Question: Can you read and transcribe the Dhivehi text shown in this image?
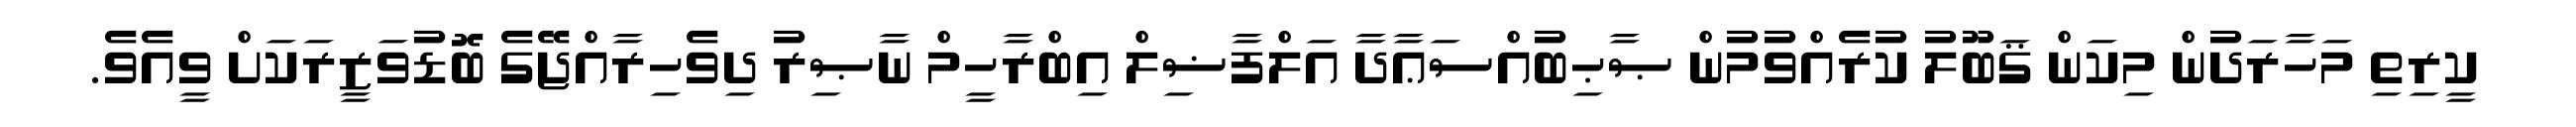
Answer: ކީރިތި މަހާރަދުން މިކަން ޤަބޫލު ކުރެއްވުމުން ޞާޙިބުއްސަޢާދާ އަލްފާޟިލް އިބްރާހީމް ނާޞިރު ދިވެހިރާއްޖޭގެ ބޮޑުވަޒީރަކަށް ވީއެވެ.